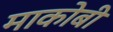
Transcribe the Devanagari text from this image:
माकोबी